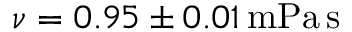
\nu = 0 . 9 5 \pm 0 . 0 1 \, \mathrm { { m P a \, s } }